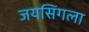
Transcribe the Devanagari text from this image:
जयसिंगला